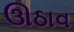
ઊઠાવ